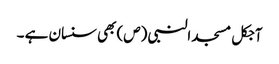
آجکل مسجد النبی (ص) بھی سنسان ہے ۔